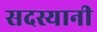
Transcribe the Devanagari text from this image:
सदस्यानी